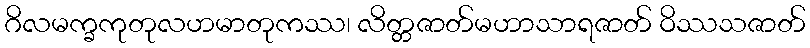
ဂိလမက္ခကုတုလဟမာတုကဿ၊ လိတ္တဇာတ်မဟာသာရဇာတ် ဝိဿသဇာတ်